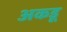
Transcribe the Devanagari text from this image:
अकडू